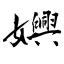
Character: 嬹